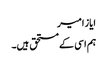
ایاز امیر
ہم اسی کے مستحق ہیں۔